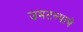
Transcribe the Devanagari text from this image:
उमटल्याचे